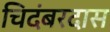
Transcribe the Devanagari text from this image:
चिदंबरदास